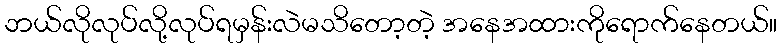
ဘယ်လိုလုပ်လို့လုပ်ရမှန်းလဲမသိတော့တဲ့ အနေအထားကိုရောက်နေတယ်။